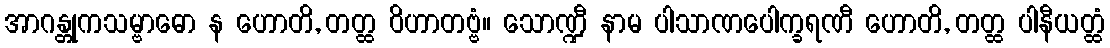
အာဂန္တုကသမ္ဗာဓော န ဟောတိ, တတ္ထ ဝိဟာတဗ္ဗံ။ သောဏ္ဍီ နာမ ပါသာဏပေါက္ခရဏီ ဟောတိ, တတ္ထ ပါနီယတ္ထံ